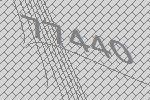
77440